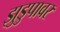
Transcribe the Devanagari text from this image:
झुडुपावर